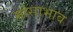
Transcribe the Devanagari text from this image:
मांसाभाव